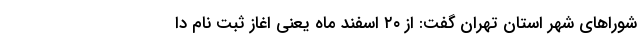
شوراهای شهر استان تهران گفت: از ٢٠ اسفند ماه یعنی اغاز ثبت نام دا